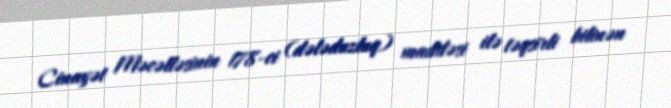
Cinayət Məcəlləsinin 178-ci (dələduzluq) maddəsi ilə təqsirli bilinən